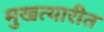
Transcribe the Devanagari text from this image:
मुखत्यारीत